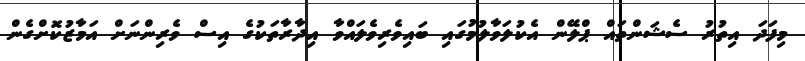
މިފަދަ އިތުރު ސެޝަންތައް ޕްލޭން އެކުލަވާލުމުގައި ބައިވެރިވެލައްވާ އިދާރާތަކުގެ އިސް ވެރިންނަށް އަމާޒުކޮށްގެން